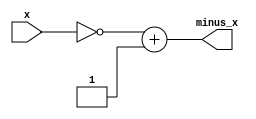
module neg(
    input [31:0]x,

    output [31:0]minus_x
);

/*
*   Problem 3 (solved):
*   Describe sign-inversion logic here.
*/
assign minus_x = ~x + 1;

endmodule